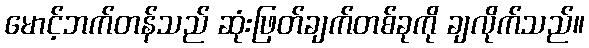
မောင့်ဘက်တန်သည် ဆုံးဖြတ်ချက်တစ်ခုကို ချလိုက်သည်။